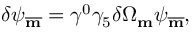
\delta \psi _ { \overline { { { \bf m } } } } = \gamma ^ { 0 } \gamma _ { 5 } \delta \Omega _ { \bf m } \psi _ { \overline { { { \bf m } } } } ,